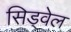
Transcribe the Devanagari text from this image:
सिड्वेल